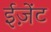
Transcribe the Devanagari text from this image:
ईज़ेंट